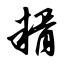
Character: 糈